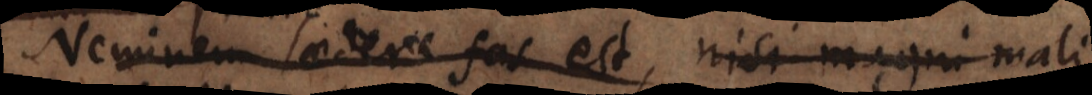
Neminem laedere fas est, nisi majo